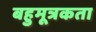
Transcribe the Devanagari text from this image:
बहुमूत्रकता